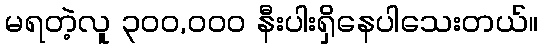
မရတဲ့လူ ၃၀၀,၀၀၀ နီးပါးရှိနေပါသေးတယ်။